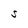
Character: S